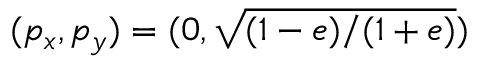
( p _ { x } , p _ { y } ) = ( 0 , \sqrt { ( 1 - e ) / ( 1 + e ) } )